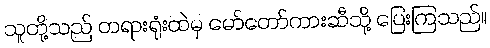
သူတို့သည် တရားရုံးထဲမှ မော်တော်ကားဆီသို့ ပြေးကြသည်။